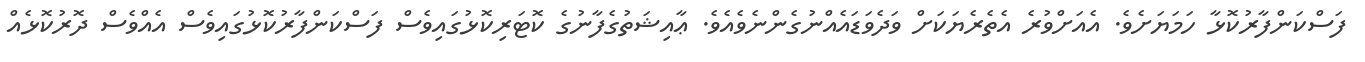
ފަސްކަންފާރުކޮޅާ ހަމަޔަށެވެ. އެއަށްވުރެ އެތެރެޔަކަށް ވަދެވަޑައެއްނުގެންނެވެއެވެ. ޢާއިޝަތުގެފާނުގެ ކޮޓަރިކޮޅުގައިވެސް ފަސްކަންފާރުކޮޅުގައިވެސް އެއްވެސް ދޮރުކޮޅެއް